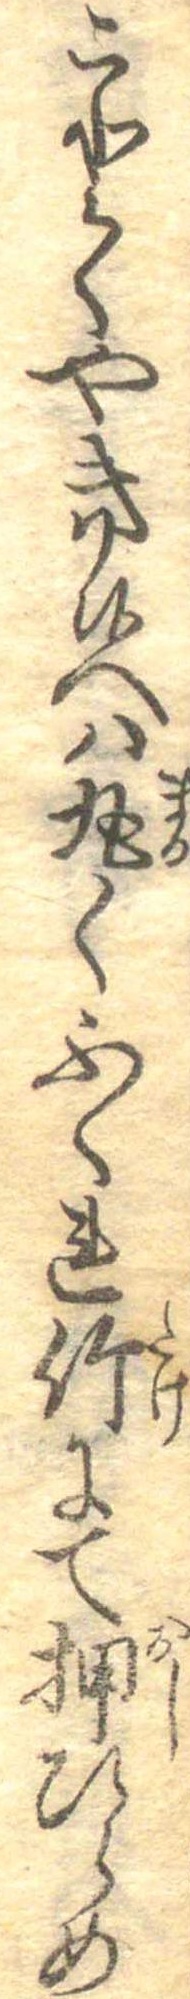
ことくやき候へは丸くふくれ竹にて押ひらめ